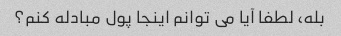
بله، لطفا آیا می توانم اینجا پول مبادله کنم؟